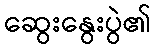
ဆွေးနွေးပွဲ၏